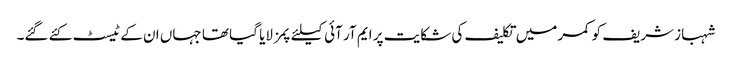
شہباز شریف کو کمر میں تکلیف کی شکایت پر ایم آر آئی کیلئے پمز لایا گیا تھا جہاں ان کے ٹیسٹ کئے گئے۔